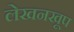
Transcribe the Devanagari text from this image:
लेखनखूप